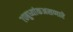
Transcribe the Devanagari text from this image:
७०बुध्यांकअसणारे